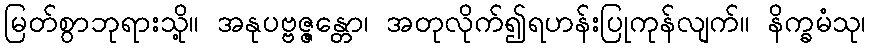
မြတ်စွာဘုရားသို့။ အနုပဗ္ဗဇ္ဇန္တော၊ အတုလိုက်၍ရဟန်းပြုကုန်လျက်။ နိက္ခမံသု၊